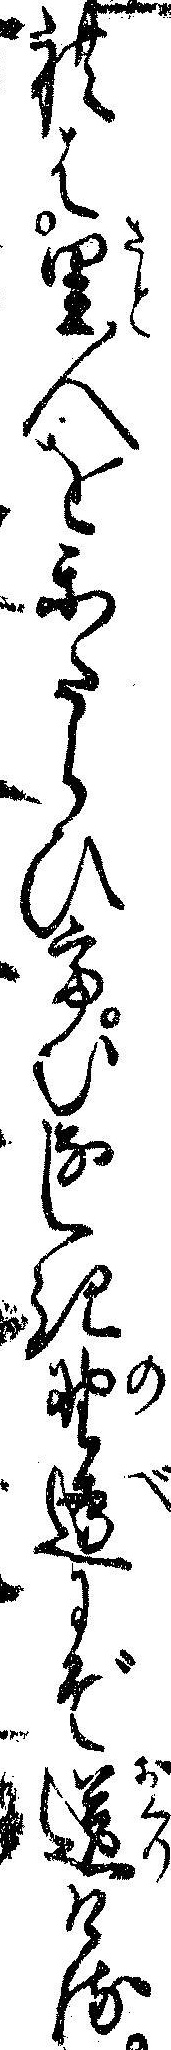
れは里人をかたらひてむなしき野辺にぞ送ける